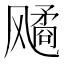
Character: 𬲆